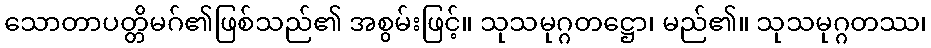
သောတာပတ္တိမဂ်၏ဖြစ်သည်၏ အစွမ်းဖြင့်။ သုသမုဂ္ဂတဋ္ဌော၊ မည်၏။ သုသမုဂ္ဂတဿ၊